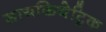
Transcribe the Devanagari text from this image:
सायकियेट्रिक